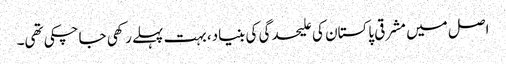
اصل میں مشرقی پاکستان کی علیحدگی کی بنیاد، بہت پہلے رکھی جاچکی تھی۔